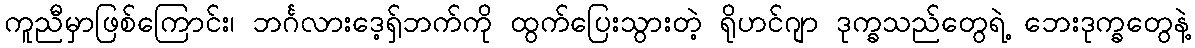
ကူညီမှာဖြစ်ကြောင်း၊ ဘင်္ဂလားဒေ့ရှ်ဘက်ကို ထွက်ပြေးသွားတဲ့ ရိုဟင်ဂျာ ဒုက္ခသည်တွေရဲ့ ဘေးဒုက္ခတွေနဲ့